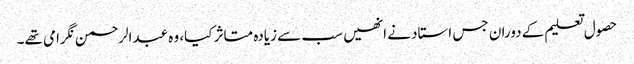
حصول تعلیم کے دوران جس استاد نے انھیں سب سے زیادہ متاثر کیا، وہ عبدالرحمن نگرامی تھے۔